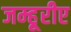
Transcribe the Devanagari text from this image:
जम्हूरीए